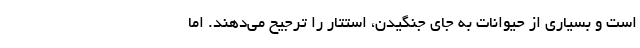
است و بسیاری از حیوانات به جای جنگیدن، استتار را ترجیح می‌دهند. اما